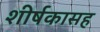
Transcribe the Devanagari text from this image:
शीर्षकासह